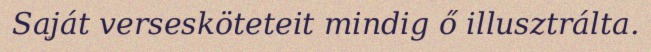
Saját versesköteteit mindig ő illusztrálta.